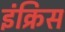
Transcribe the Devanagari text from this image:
इंक्रिस